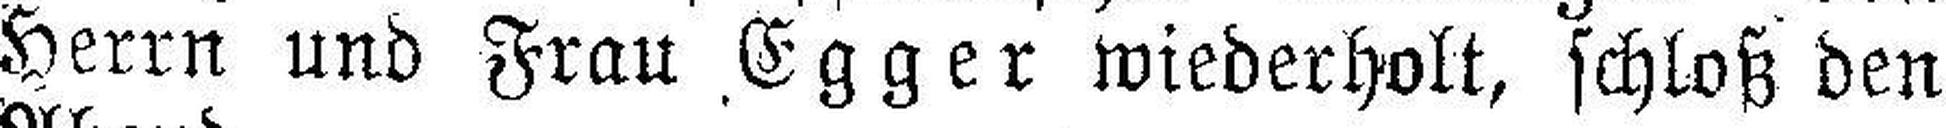
Herrn und Frau Egger wiederholt, schloß den